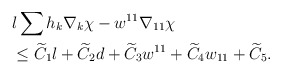
\begin{align*}&l\sum h_{k}\nabla_{k}\chi-w^{11}\nabla_{11}\chi\\&\leq \widetilde{C}_{1}l+\widetilde{C}_{2}d+\widetilde{C}_{3}w^{11}+\widetilde{C}_{4}w_{11}+\widetilde{C}_{5}.\end{align*}